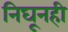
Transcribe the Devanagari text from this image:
निघूनही